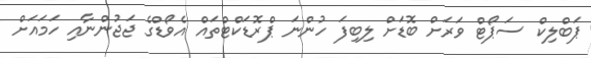
ޕަބްލިކް ސަޕޯޓް ވަރަށް ބޮޑަށް ލިބިފަ ހުންނަ ޕްރޮޑަކްޓްތައް އެވޯޑްގެ ޖަޖުންނާއި ހަމައަށް